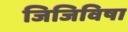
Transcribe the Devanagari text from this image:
जिजिविषा